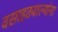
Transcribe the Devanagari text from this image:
वसाहतवाल्यांना